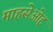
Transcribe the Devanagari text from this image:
माहसेओह